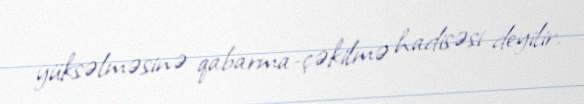
yüksəlməsinə qabarma-çəkilmə hadisəsi deyilir.